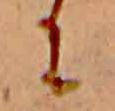
に